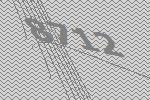
8712